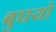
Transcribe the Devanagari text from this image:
बुघयो